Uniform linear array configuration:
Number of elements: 64
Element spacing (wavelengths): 0.75
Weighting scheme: hann
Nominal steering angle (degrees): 15
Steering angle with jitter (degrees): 15.772
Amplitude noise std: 0.05
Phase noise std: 0.05

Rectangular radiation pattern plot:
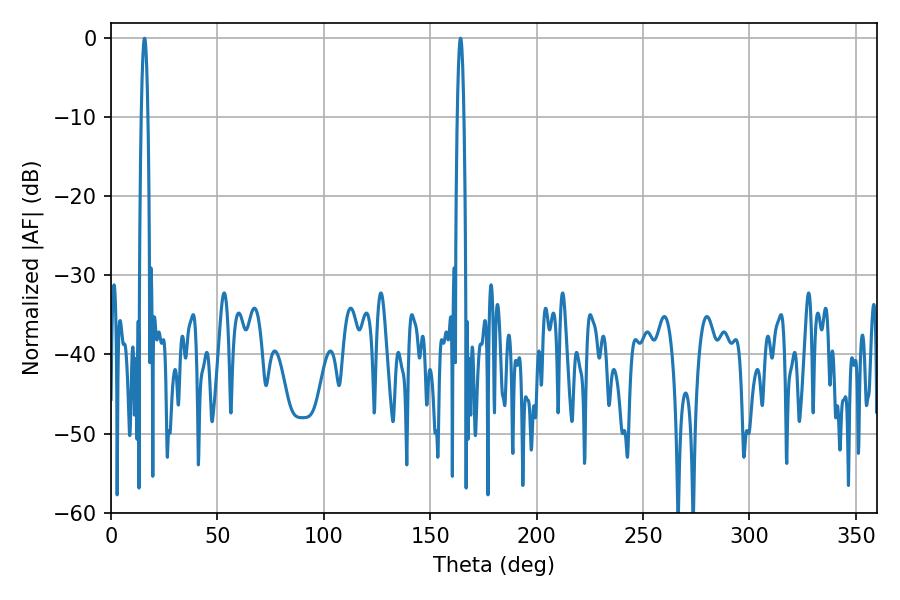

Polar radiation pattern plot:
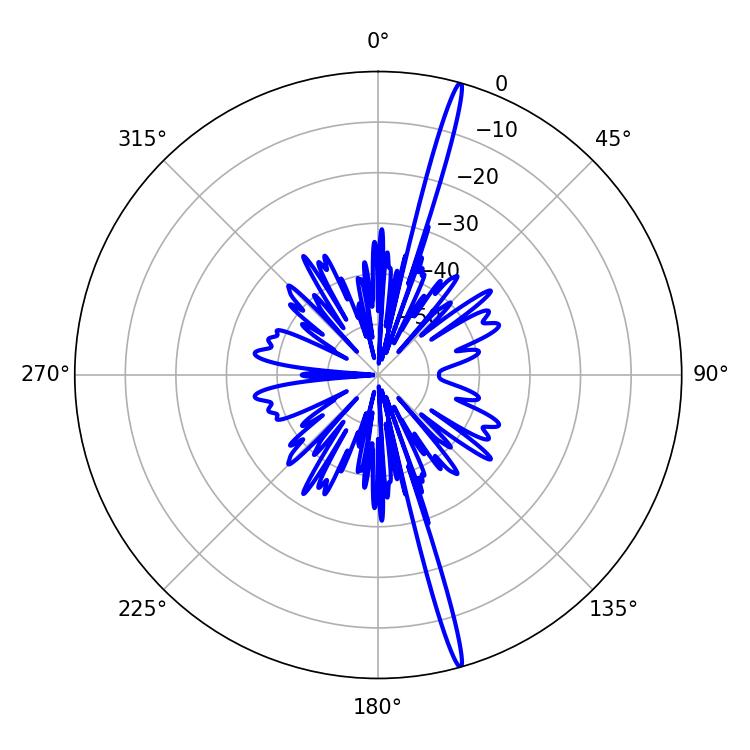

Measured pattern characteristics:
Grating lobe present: TRUE
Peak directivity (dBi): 20.443
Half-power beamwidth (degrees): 1.62
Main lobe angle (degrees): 164.16